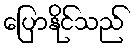
ပြောနိုင်သည်